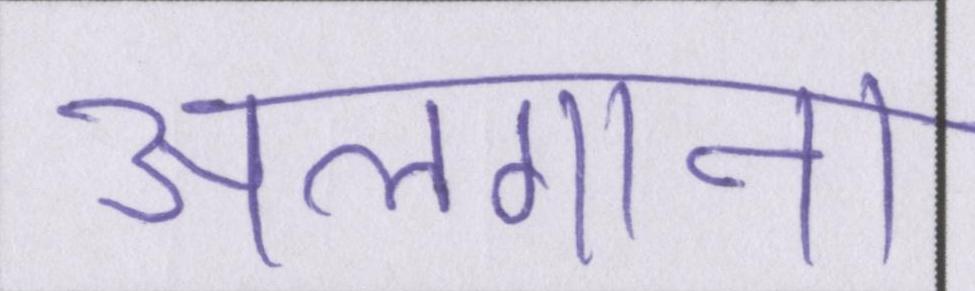
अलगाना